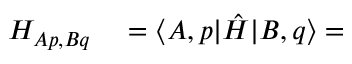
\begin{array} { r l } { H _ { A p , B q } } & { { } = \langle A , p | \hat { H } | B , q \rangle = } \end{array}